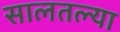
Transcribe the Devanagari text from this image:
सालतल्या